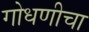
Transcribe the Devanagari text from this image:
गोधणीचा